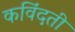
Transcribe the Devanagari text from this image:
कविंदती